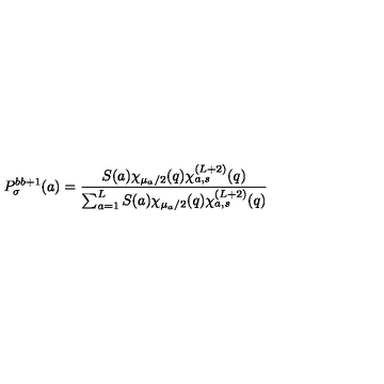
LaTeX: P _ { \sigma } ^ { b b + 1 } ( a ) = \frac { S ( a ) \chi _ { \mu _ { a } / 2 } ( q ) \chi _ { a , s } ^ { ( L + 2 ) } ( q ) } { \sum _ { a = 1 } ^ { L } S ( a ) \chi _ { \mu _ { a } / 2 } ( q ) \chi _ { a , s } ^ { ( L + 2 ) } ( q ) }